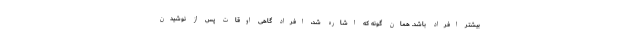
بیشتر افراد باشد. همان گونه که اشاره شد، افراد گاهی اوقات پس از نوشیدن